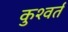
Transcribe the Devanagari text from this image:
कुश्वर्त